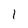
Character: 1